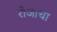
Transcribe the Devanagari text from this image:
रोजाचा